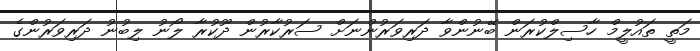
މަތީ ތައުލީމް ހާސިލްކުރަން ބޭނުންވާ ދަރިވަރުންނަށް ސަރުކާރުން ދޫކުރާ ލޯނު ލިބުނު ދަރިވަރުންގެ